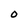
Character: O